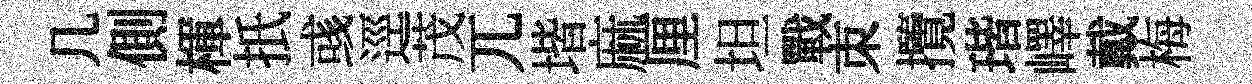
几側楎扺彧逕茂兀堦麻厘坦戰朿攬瑎嶧戴梅